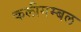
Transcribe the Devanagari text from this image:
कलीगम्बल